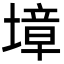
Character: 墇